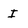
Character: I